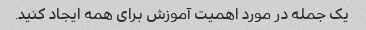
یک جمله در مورد اهمیت آموزش برای همه ایجاد کنید.